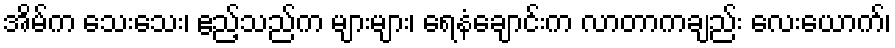
အိမ်က သေးသေး၊ ဧည့်သည်က များများ၊ ရေနံချောင်းက လာတာကချည်း လေးယောက်၊